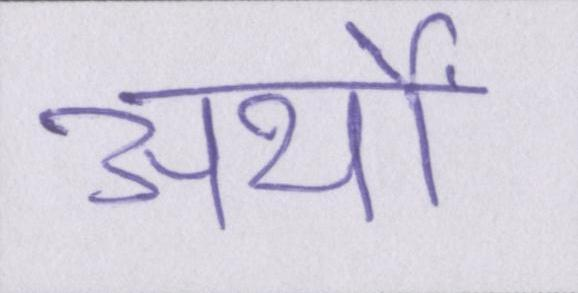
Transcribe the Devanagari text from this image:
अर्थों